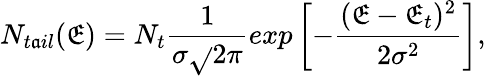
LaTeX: N_{t\mathfrak{a}il}(\mathfrak{E})=N_{t}\frac{{1}}{{\sigma\sqrt{}{{2\pi}}}}exp\left[-\frac{{(\mathfrak{E}-\mathfrak{E}_{t})^{2}}}{{2\sigma^{2}}}\right],